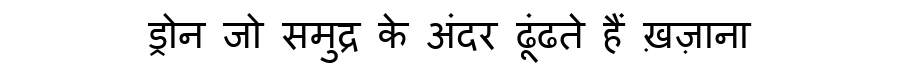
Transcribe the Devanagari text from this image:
ड्रोन जो समुद्र के अंदर ढूंढते हैं ख़ज़ाना